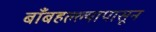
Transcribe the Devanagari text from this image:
बाँबहल्ल्यापासून